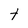
Character: t